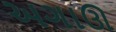
અગાઊ